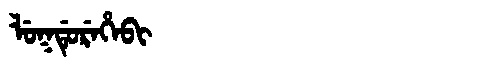
Manchu: ᠯᡠᡴᡩᡠᡵᡝᡥᡝᠪᡳ
Romanization: LUKDUREHEBI